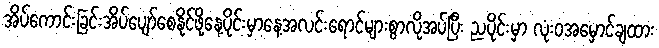
အိပ်ကောင်းခြင်းအိပ်ပျော်စေနိုင်ဖို့နေ့ပိုင်းမှာနေ့အလင်းရောင်များစွာလိုအပ်ပြီး ညပိုင်းမှာ လုံးဝအမှောင်ချထား